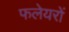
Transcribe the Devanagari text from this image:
फलेयरों